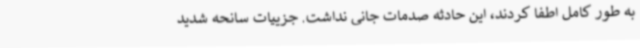
به طور کامل اطفا کردند، این حادثه صدمات جانی نداشت. جزییات سانحه شدید